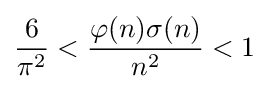
{\frac {6}{\pi ^{2}}}<{\frac {\varphi (n)\sigma (n)}{n^{2}}}<1